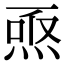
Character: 焏